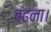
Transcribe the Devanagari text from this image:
बढना।